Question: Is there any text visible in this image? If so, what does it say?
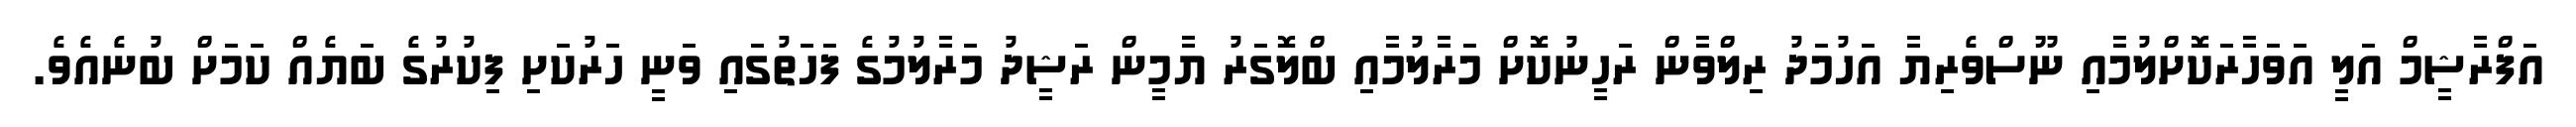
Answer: އަފްރާޝީމް އަލީ އަވަހާރަކޮށްލުމާއި ނޫސްވެރިޔާ އަހުމަދު ރިލްވާން ރަހީނުކޮށް މަރާލުމާއި ބްލޮގަރު ޔާމީން ރަޝީދު މަރާލުމުގެ ފަހަތުގައި ވަނީ ހަރުކަށި ފިކުރުގެ ބަޔެއް ކަމަށް ބުނެއެވެ.